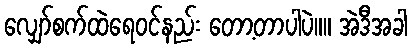
လျှော်စက်ထဲရေ၀င်နည်း တော့တာပါပဲ။။ အဲဒီအခါ